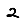
Digit: 2